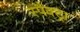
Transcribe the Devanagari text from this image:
स्पैक्ट्रा